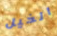
الخيل